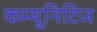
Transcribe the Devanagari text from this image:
कम्यूनिटिज